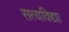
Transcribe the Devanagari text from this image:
सत्यविद्या